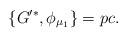
LaTeX: \begin{align*}\{G'^*,\phi_{\mu_1} \} = pc.\end{align*}